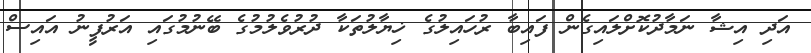
އަދި އިޝާ ނަމާދުކޮށްލައިގެން ފައިބާ ރުހައިލުގެ ޚިޔާލުތަކާ ދުރުވެލުމުގެ ބޭނުމުގައި އަރުފީނު އައިސް